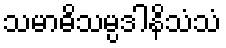
သမာဓိသမ္ပဒါနိသံသံ